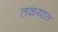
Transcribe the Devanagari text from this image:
तळयात